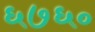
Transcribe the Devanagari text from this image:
६७६०